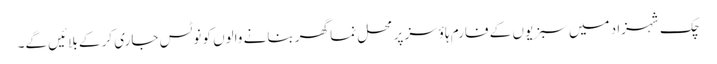
چک شہزاد میں سبزیوں کے فارم ہاؤسز پر محل نما گھر بنانے والوں کو نوٹس جاری کر کے بلائیں گے۔